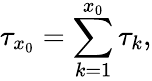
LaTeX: \tau_{x_{0}}=\sum_{k=1}^{x_{0}}\tau_{k},